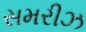
સમરીઝ